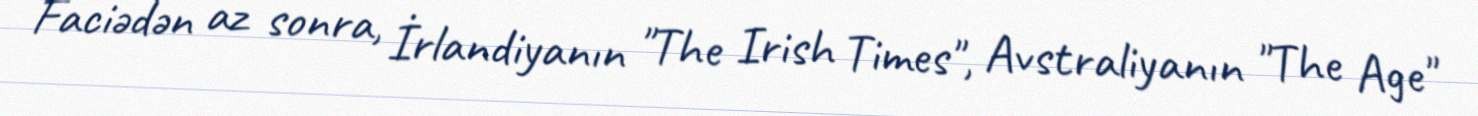
Faciədən az sonra, İrlandiyanın "The Irish Times", Avstraliyanın "The Age"